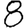
Digit: 8